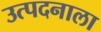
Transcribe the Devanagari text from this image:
उत्पदनाला